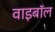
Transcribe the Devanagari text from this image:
वाइबॉल